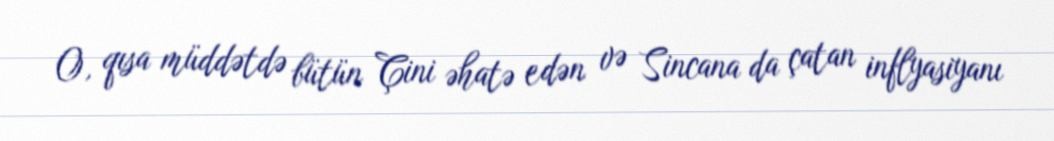
O, qısa müddətdə bütün Çini əhatə edən və Sincana da çatan inflyasiyanı